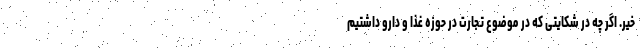
خیر. اگر چه در شکایتی که در موضوع تجارت در حوزه غذا و دارو داشتیم